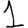
Digit: 1